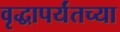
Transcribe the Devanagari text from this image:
वृद्धापर्यंतच्या